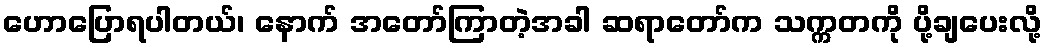
ဟောပြောရပါတယ်၊ နောက် အတော်ကြာတဲ့အခါ ဆရာတော်က သက္ကတကို ပို့ချပေးလို့